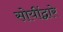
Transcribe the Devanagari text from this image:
सोयींद्वारे